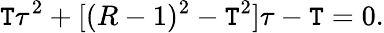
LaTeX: \mathtt{T}\tau^{2}+[(R-1)^{2}-\mathtt{T}^{2}]\tau-\mathtt{T}=0.